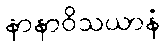
နာနာဝိသယာနံ